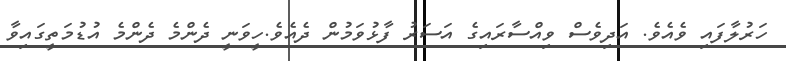
ހަރުލާފައި ވެއެވެ. އަދިވެސް ވިއްސާރައިގެ އަސަރު ފާޅުވަމުން ދެއެވެ.ހީވަނީ ދެންމެ ދެންމެ އުޑުމަތީގައިވާ